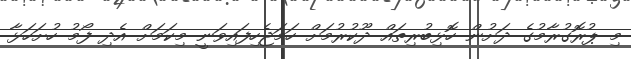
މި ޕުރޮގުރާމުގެ ދަށުން ހޮޅިބުރިތައް ދޫކުރުމަށް ހަމަޖެހިފައިވަނީ މިކަމަށް އެދި ފޯމު ހުށަހަޅާ